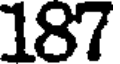
187